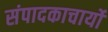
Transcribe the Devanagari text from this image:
संपादकाचार्यों